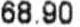
68.90